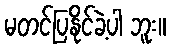
မတင်ပြနိုင်ခဲ့ပါ ဘူး။